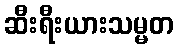
ဆီးရီးယားသမ္မတ